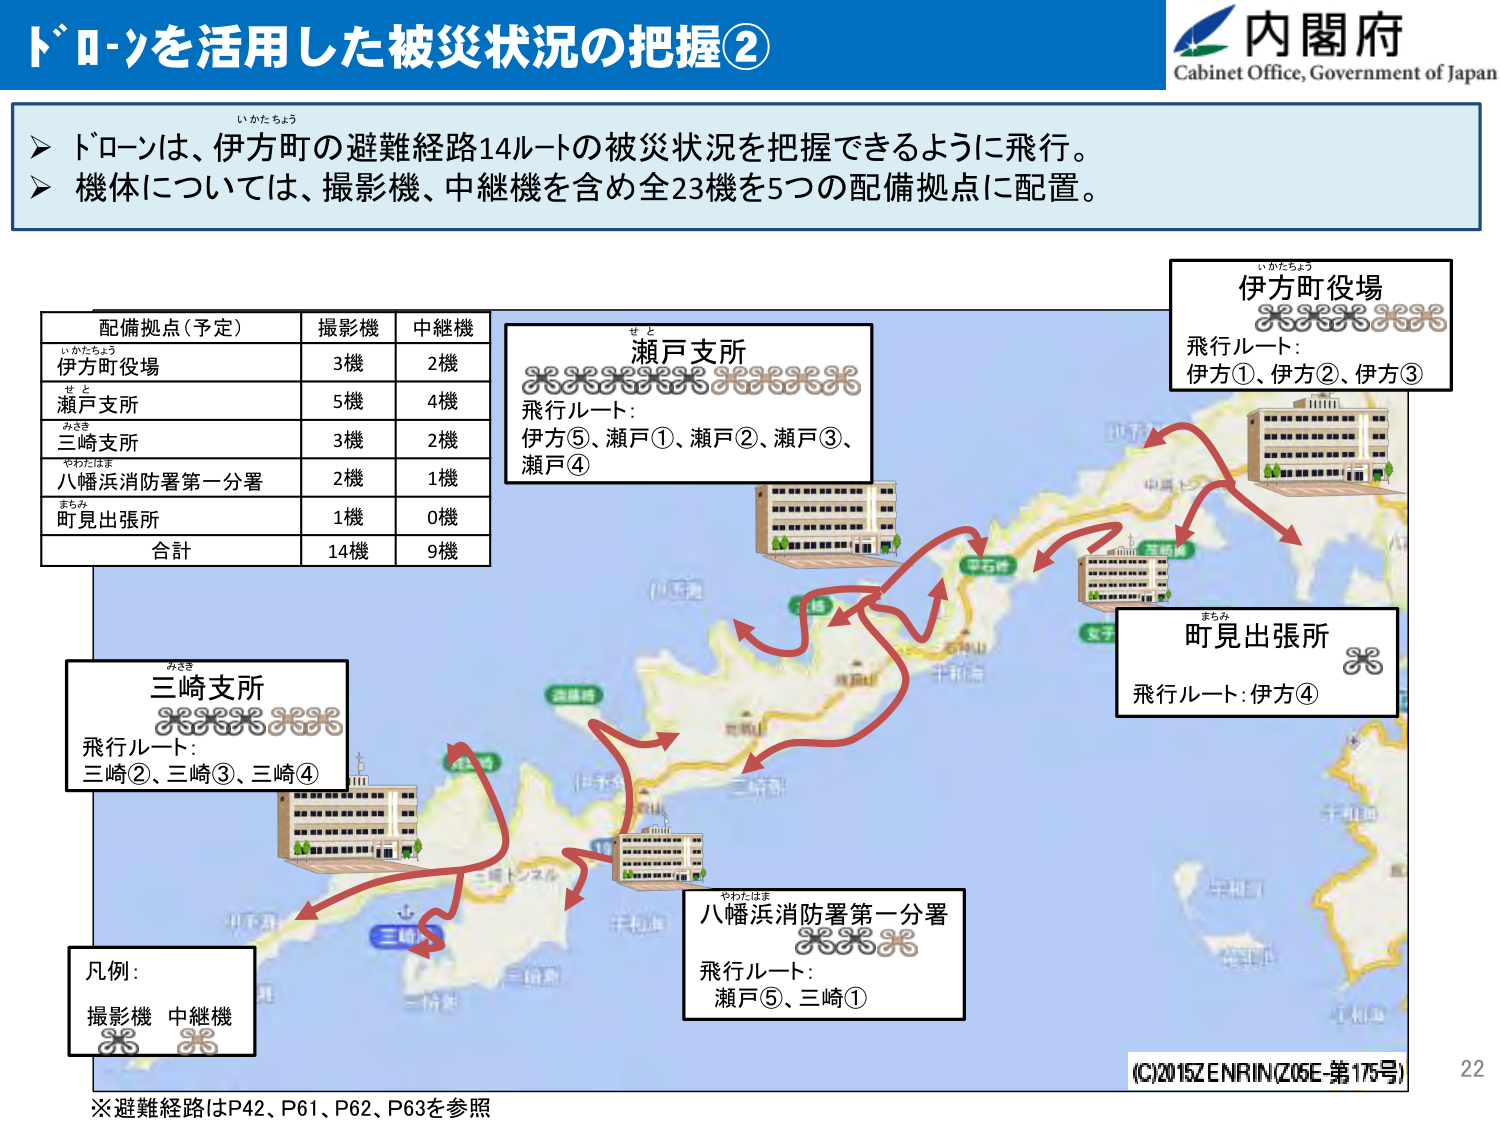
ドローンを活用した被災状況の把握②

内閣府
Cabinet Office, Government of Japan

いがたちょう
➤ ドローンは、伊方町の避難経路14ルートの被災状況を把握できるように飛行。
➤ 機体については、撮影機、中継機を含め全23機を5つの配備拠点に配置。

配備拠点（予定）　撮影機　中継機
いがたちょう
伊方町役場　　　　　3機　　　2機
せと
瀬戸支所　　　　　　5機　　　4機
みさき
三崎支所　　　　　　3機　　　2機
やわたはま
八幡浜消防署第一分署　2機　　　1機
まちみ
町見出張所　　　　　1機　　　0機
合計　　　　　　　　14機　　　9機

せと
瀬戸支所
飛行ルート：
伊方⑤、瀬戸①、瀬戸②、瀬戸③、
瀬戸④

いがたちょう
伊方町役場
飛行ルート：
伊方①、伊方②、伊方③

まちみ
町見出張所
飛行ルート：伊方④

みさき
三崎支所
飛行ルート：
三崎②、三崎③、三崎④

やわたはま
八幡浜消防署第一分署
飛行ルート：
瀬戸⑤、三崎①

凡例：
撮影機　中継機

※避難経路はP42、P61、P62、P63を参照

(C)2015ZENRIN(Z05E 第175号)
22